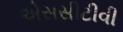
એસસીટીવી